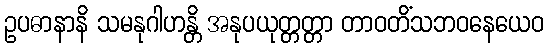
ဥပဓာနာနိ သမနုဂါဟန္တိ အနုပယုတ္တတ္တာ တာဝတိံသဘဝနေယေဝ